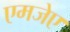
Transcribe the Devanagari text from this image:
एमजेए